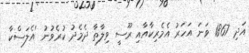
އަދި 1867 ވަނަ އަހަރު އެމެރިކާއާއި ރޫސީ ވިލާތާ ދެމެދު ކުރެވުނު 'އެލަސްކާ